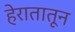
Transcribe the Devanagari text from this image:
हेरातातून